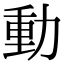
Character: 動